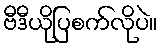
ဗီဒီယိုပြစက်လိုပဲ။